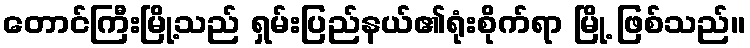
တောင်ကြီးမြို့သည် ရှမ်းပြည်နယ်၏ရုံးစိုက်ရာ မြို့ ဖြစ်သည်။